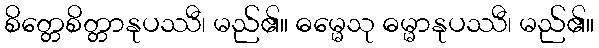
စိတ္တေစိတ္တာနုပဿီ၊ မည်၏။ ဓမ္မေသု ဓမ္မာနုပဿီ၊ မည်၏။